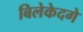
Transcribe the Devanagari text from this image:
बिलेकेदगे